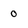
Character: o